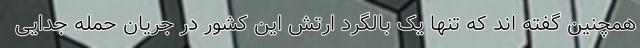
همچنین گفته اند که تنها یک بالگرد ارتش این کشور در جریان حمله جدایی